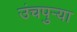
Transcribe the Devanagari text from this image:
उंचपुर्‍या